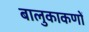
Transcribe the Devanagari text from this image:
बालुकाकणों